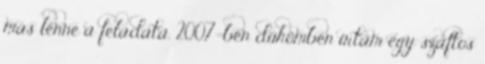
más lenne a feladata. 2007-ben dühömben írtam egy szaftos